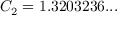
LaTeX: C _ { 2 } = 1 . 3 2 0 3 2 3 6 . . .